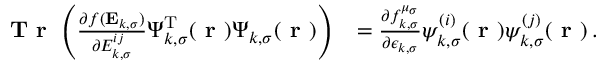
\begin{array} { r l } { \textbf { T r } \left( \frac { \partial f ( \mathbf { E } _ { k , \sigma } ) } { \partial { E } _ { k , \sigma } ^ { i j } } \boldsymbol { \Psi } _ { k , \sigma } ^ { \mathrm { T } } ( \boldsymbol { \textbf { r } } ) \boldsymbol { \Psi } _ { k , \sigma } ( \boldsymbol { \textbf { r } } ) \right) } & { = \frac { \partial f _ { k , \sigma } ^ { \mu _ { \sigma } } } { \partial \epsilon _ { k , \sigma } } \psi _ { k , \sigma } ^ { ( i ) } ( \boldsymbol { \textbf { r } } ) \psi _ { k , \sigma } ^ { ( j ) } ( \boldsymbol { \textbf { r } } ) \, . } \end{array}